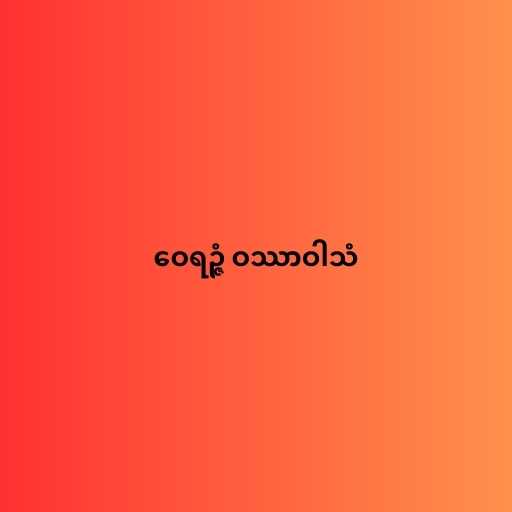
ဝေရဉ္ဇံ ဝဿာဝါသံ